Statistical return of the lunatic asylum in Assam - 1912-1932
Year: 1912
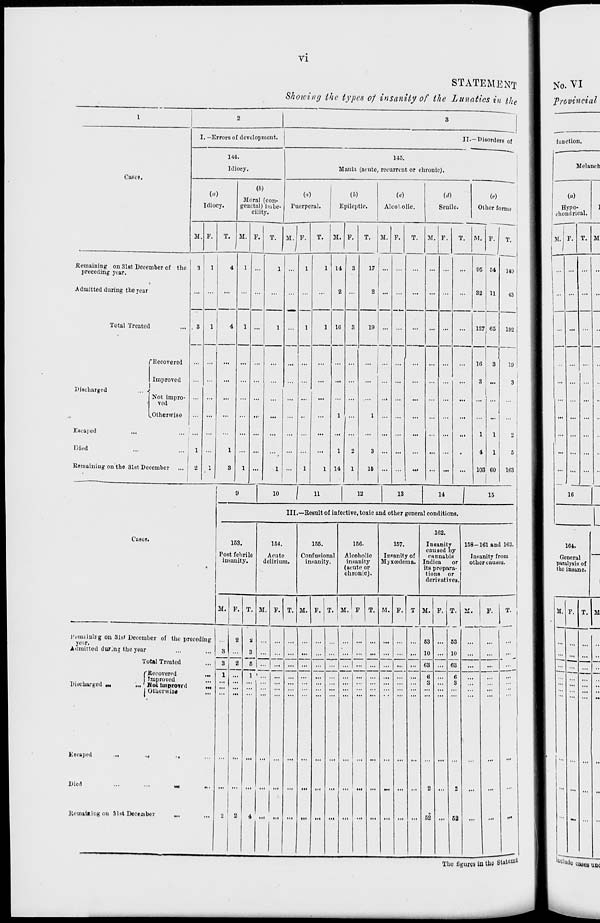
vi
STATEMENT
Showing the types oj insanity of tie Lunatics in fj ie
1
2
3
I. —Errors of development.
II .—Disorders of
Cases,
144.
Idiocy.
145.
Mania (acute, recurrent or chronic).
(a)
Idiocy.
V>)
Moral (con-
genital) imbe-
cility.
(a)
Puerperal.
Epileptic.
(o)
Aleol.olic.
Senile.
M
Other forms f
M. P. T. M. F. T. M. F. T. M. F. T. M. F. T. M. F. T. M. "1 T.
149
43
192
19
1
3
2
S
163
.Remaining on 31st December of the
preceding year.
Admitted during the year
3
. 3
1
2
1
1
1
4
4
1
3
1
1
1
••
1
■""*•
1
1 14
2
16
3
3
17
2 !
...
...
i
...
...
...
95 54
32 11
127 65
1
16 3
3 ...
1
1
4
1
103 | 60
Total Treated
1
1
1
19
...
... ...
...
Discharged
... .
Escaped
Died
Remaining on the 3l6tDe
r Recovered
Improved
Not impro-
ved
^Otherwise
ccmber
...
1
1
1
1
1
14
2
1
1
3
15
1
9
10
1
11
12
13
14
!
15
III.—Result of infective, toxic and other genera! conditions.
Cases.
153.
Post febrile
insanity.
154.
Acute
delirium.
155.
Confusional
insanity.
166.
Alcoholic
insanity
(acute or
chronic).
157.
Insanity of
Myxeadema.
162.
Insanity
1
caused by
cHnnabis
Indica
or
its prepara-
tions or
derivatives.
58-161 and 163.
Insanity from
other causes.
M. F. T. M. F. T. M. F. T. M. ' F
1
T. M. F. T M. F. T. I
53
10
i
F.
T " 1
Remaining on 8lst December of the preceding
ye:>r,
°
Admitted during the year
3
3
1
2
2
2
2
2
3
6
1 ■
4 ■ >i
...
...
...
... ... ... ...
... 63
10
...
...
...
•••
Total Treated
... | ...
...
...
...
...
63 ... 63
...
...
f
Discharged „.
...«
1.
Escaped
...
..
Died
iiemaiting on 31st Deeeail
Recovered
Tmproved
Not iuiprovt (1
Otherwise
«
-•
»er
-
...
...
6
3
2
52
...
6
3
2
52
...
The figures in the Stntewt